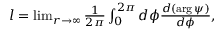
\begin{array} { r } { l = \operatorname* { l i m } _ { r \to \infty } \frac { 1 } { 2 \pi } \int _ { 0 } ^ { 2 \pi } d \phi \frac { d \left( \arg \psi \right) } { d \phi } , } \end{array}